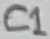
Text: C1